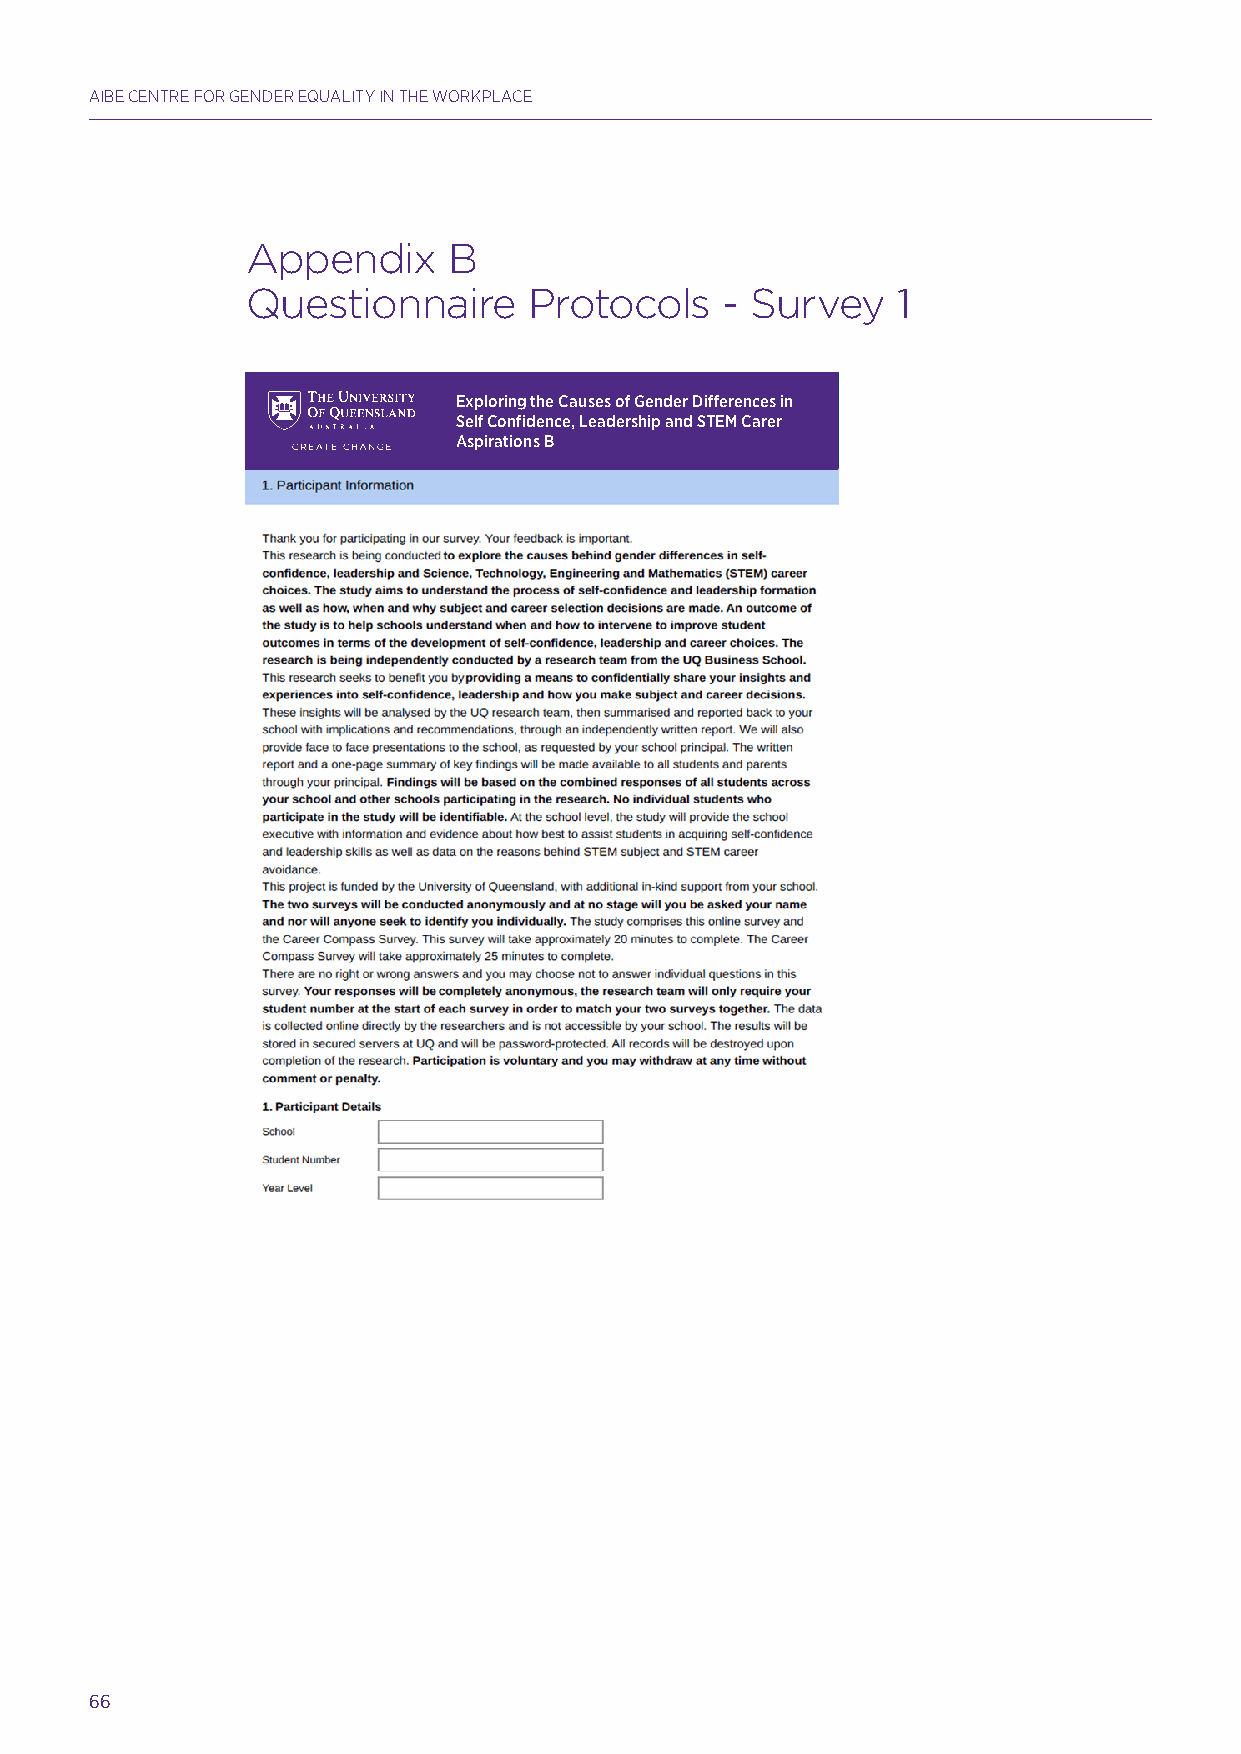
AIBE CENTRE FOR GENDER EQUALITY IN THE WORKPLACE
 Appendix      B
 Questionnaire      Protocols    - Survey   1
 Appendix B   Questionnaire Protocols - Survey 1
 Exploring the Causes of Gender Differences in
 Self Confidence, Leadership and STEM Carer
 Aspirations B
 Hands up for Gender Equality: A Major Study into Confidence and Career Intentions of Adolescent Girls & Boys 90
 66